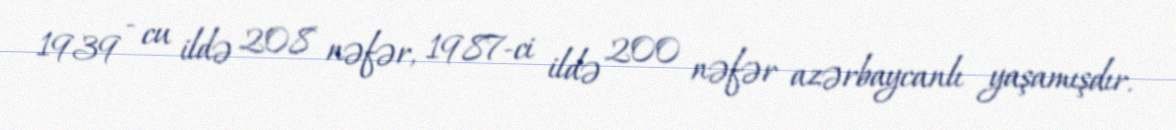
1939 - cu ildə 208 nəfər, 1987-ci ildə 200 nəfər azərbaycanlı yaşamışdır.